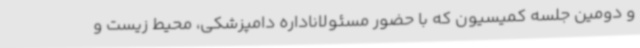
و دومین جلسه کمیسیون که با حضور مسئولاناداره دامپزشکی، محیط زیست و